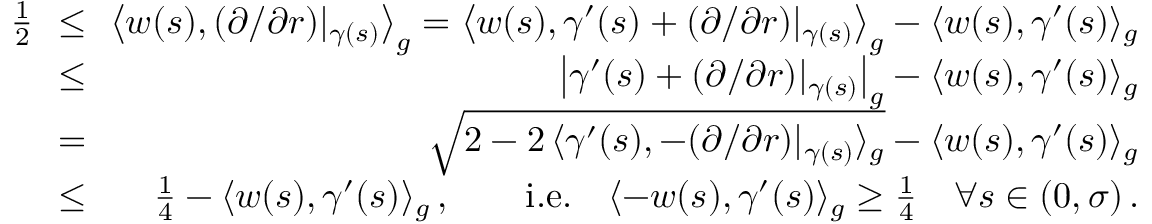
\begin{array} { r l r } { \frac { 1 } 2 \! \! } & { \le } & { \! \! \big \langle w ( s ) , ( \partial / \partial r ) | _ { \gamma ( s ) } \big \rangle _ { g } = \big \langle w ( s ) , \gamma ^ { \prime } ( s ) + ( \partial / \partial r ) | _ { \gamma ( s ) } \big \rangle _ { g } - \langle w ( s ) , \gamma ^ { \prime } ( s ) \rangle _ { g } } \\ { \! \! } & { \le } & { \! \! \big | \gamma ^ { \prime } ( s ) + ( \partial / \partial r ) | _ { \gamma ( s ) } \big | _ { g } - \langle w ( s ) , \gamma ^ { \prime } ( s ) \rangle _ { g } } \\ { \! \! } & { = } & { \! \! \sqrt { 2 - 2 \, \langle \gamma ^ { \prime } ( s ) , - ( \partial / \partial r ) | _ { \gamma ( s ) } \rangle _ { g } } - \langle w ( s ) , \gamma ^ { \prime } ( s ) \rangle _ { g } } \\ { \! \! } & { \le } & { \! \! \frac 1 4 - \langle w ( s ) , \gamma ^ { \prime } ( s ) \rangle _ { g } \, , \qquad \mathrm { i . e . } \quad \langle - w ( s ) , \gamma ^ { \prime } ( s ) \rangle _ { g } \ge \frac 1 4 \quad \forall s \in ( 0 , \sigma ) \, . } \end{array}